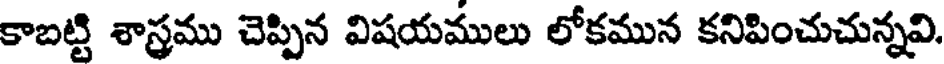
కాబట్టి శాస్త్రము చెప్పిన విషయములు లోకమున కనిపించుచున్నవి.